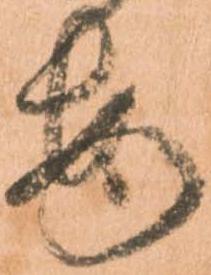
安